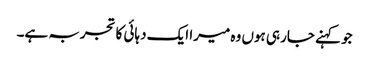
جو کہنے جارہی ہوں وہ میرا ایک دہائی کا تجربہ ہے۔